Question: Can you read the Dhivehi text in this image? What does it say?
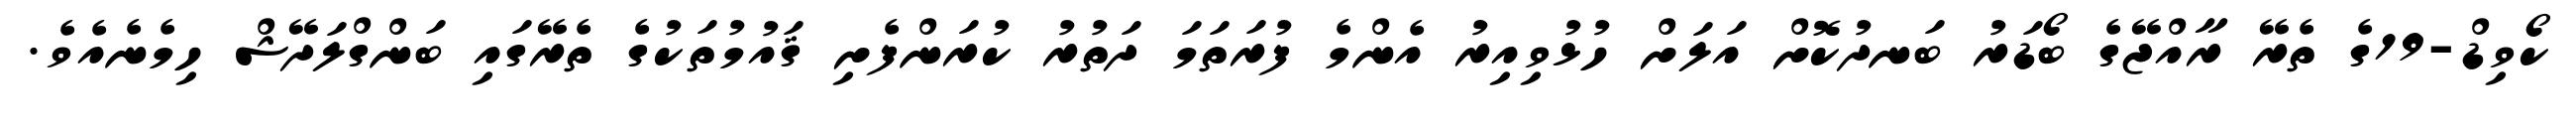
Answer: ކޯވިޑް-19ގެ ތެރޭ ރާއްޖޭގެ ބޯޑަރު ބަނދުކޮށް އަލަށް ހުޅުވިއިރު އެންމެ ފުރަތަމަ ދަތުރު ކުރަންފެށި ޤައުމުތަކުގެ ތެރޭގައި ބަންގްލަދޭޝް ހިމެނެއެވެ.